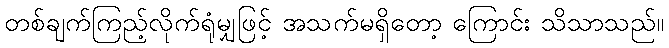
တစ်ချက်ကြည့်လိုက်ရုံမျှဖြင့် အသက်မရှိတော့ ကြောင်း သိသာသည်။